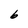
Character: b